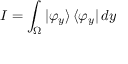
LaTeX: I = \int _ { \Omega } | \varphi _ { y } \rangle \, \langle \varphi _ { y } | \, d y